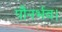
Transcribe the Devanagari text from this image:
पौनर्भव।